Indian journal of veterinary science and animal husbandry - Volumes 26-27, 1956-1957
Year: 1956
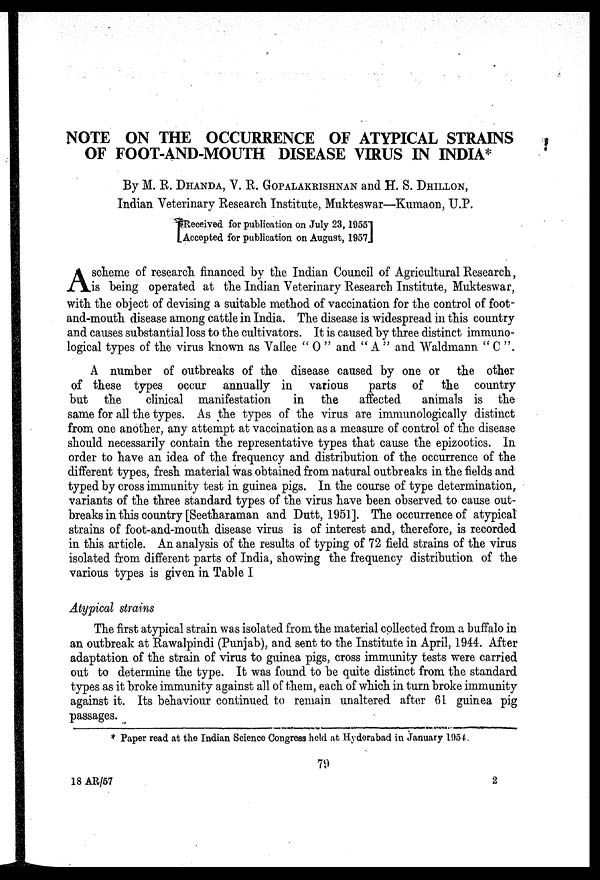
NOTE ON THE OCCURRENCE OF ATYPICAL STRAINS
OF FOOT-AND-MOUTH DISEASE VIRUS IN INDIA*
By M. R. DHANDA, V. R. GOPALAKRISHNAN and H. S. DHILLON,
Indian Veterinary Research Institute, Mukteswar—Kumaon, U.P.
[ Received for publication on July 23, 1955
Accepted for publication on August, 1957]
A scheme of research financed by the Indian Council of Agricultural Research,
is being operated at the Indian Veterinary Research Institute, Mukteswar,
with the object of devising a suitable method of vaccination for the control of foot-
and-mouth disease among cattle in India. The disease is widespread in this country
and causes substantial loss to the cultivators. It is caused by three distinct immuno-
logical types of the virus known as Vallee " O " and "A" and Waldmann " C ".
A number of outbreaks of the disease caused by one or the other
of these types occur annually in various
parts of the country
but the
clinical manifestation
in the
affected
animals is the
same for all the types. As the types of the virus are immunologically distinct
from one another, any attempt at vaccination as a measure of control of the disease
should necessarily contain the representative types that cause the epizootics. In
order to have an idea of the frequency and distribution of the occurrence of the
different types, fresh material was obtained from natural outbreaks in the fields and
typed by cross immunity test in guinea pigs. In the course of type determination,
variants of the three standard types of the virus have been observed to cause out-
breaks in this country [Seetharaman and Dutt, 1951]. The occurrence of atypical
strains of foot-and-mouth disease virus is of interest and, therefore, is recorded
in this article. An analysis of the results of typing of 72 field strains of the virus
isolated from different parts of India, showing the frequency distribution of the
various types is given in Table I
Atypical strains
The first atypical strain was isolated from the material collected from a buffalo in
an outbreak at Rawalpindi (Punjab), and sent to the Institute in April, 1944. After
adaptation of the strain of virus to guinea pigs, cross immunity tests were carried
out to determine the type. It was found to be quite distinct from the standard
types as it broke immunity against all of them, each of which in turn broke immunity
against it. Its behaviour continued to remain unaltered after 61 guinea pig
passages.
* Paper read at the Indian Science Congress held at Hyderabad in January 1954.
79
18 AR/57
2